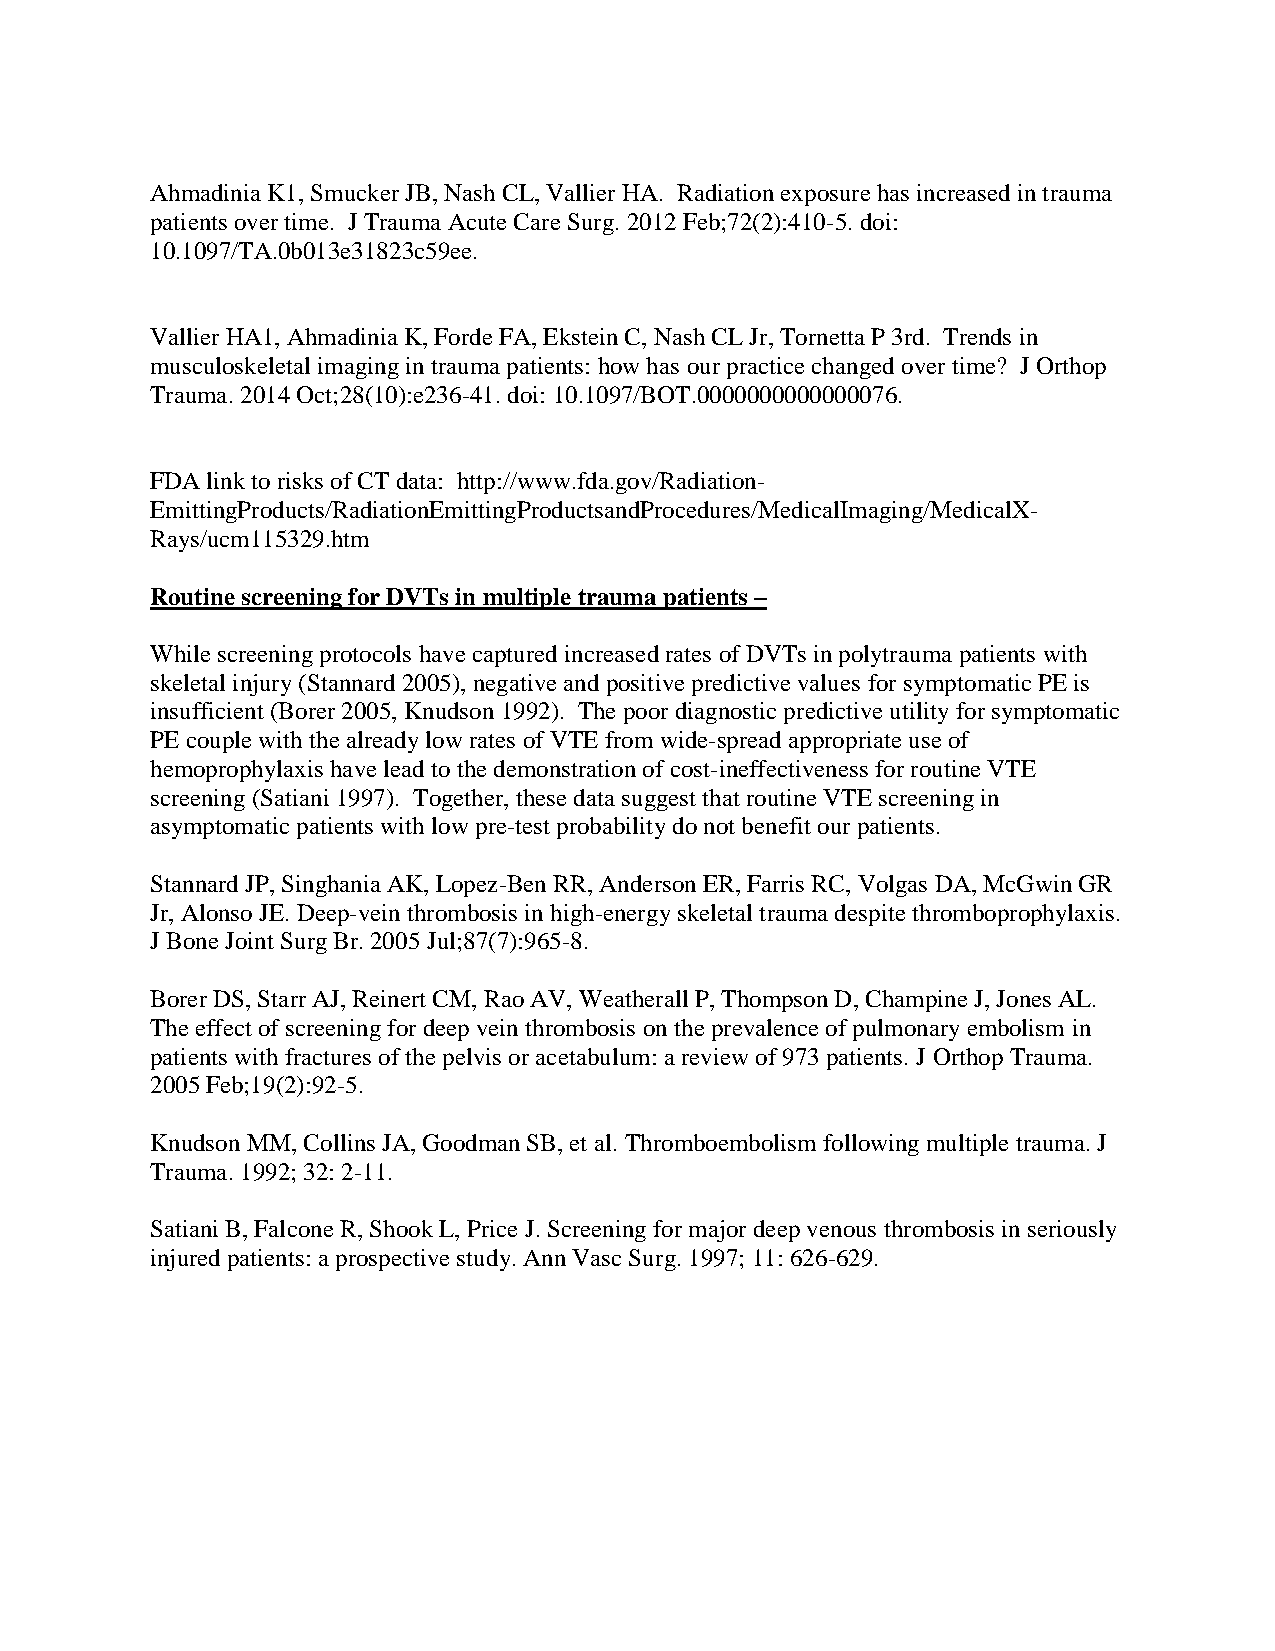
Ahmadinia K1, Smucker JB, Nash CL, Vallier HA. Radiation exposure has increased in trauma
 patients over time. J Trauma Acute Care Surg. 2012 Feb;72(2):410-5. doi:
 10.1097/TA.0b013e31823c59ee.
 Vallier HA1, Ahmadinia K, Forde FA, Ekstein C, Nash CL Jr, Tornetta P 3rd. Trends in
 musculoskeletal imaging in trauma patients: how has our practice changed over time? J Orthop
 Trauma. 2014 Oct;28(10):e236-41. doi: 10.1097/BOT.0000000000000076.
 FDA link to risks of CT data: http://www.fda.gov/Radiation-
 EmittingProducts/RadiationEmittingProductsandProcedures/MedicalImaging/MedicalX-
 Rays/ucm115329.htm
 Routine screening for DVTs in multiple trauma patients –
 While screening protocols have captured increased rates of DVTs in polytrauma patients with
 skeletal injury (Stannard 2005), negative and positive predictive values for symptomatic PE is
 insufficient (Borer 2005, Knudson 1992). The poor diagnostic predictive utility for symptomatic
 PE couple with the already low rates of VTE from wide-spread appropriate use of
 hemoprophylaxis have lead to the demonstration of cost-ineffectiveness for routine VTE
 screening (Satiani 1997). Together, these data suggest that routine VTE screening in
 asymptomatic patients with low pre-test probability do not benefit our patients.
 Stannard JP, Singhania AK, Lopez-Ben RR, Anderson ER, Farris RC, Volgas DA, McGwin GR
 Jr, Alonso JE. Deep-vein thrombosis in high-energy skeletal trauma despite thromboprophylaxis.
 J Bone Joint Surg Br. 2005 Jul;87(7):965-8.
 Borer DS, Starr AJ, Reinert CM, Rao AV, Weatherall P, Thompson D, Champine J, Jones AL.
 The effect of screening for deep vein thrombosis on the prevalence of pulmonary embolism in
 patients with fractures of the pelvis or acetabulum: a review of 973 patients. J Orthop Trauma.
 2005 Feb;19(2):92-5.
 Knudson MM, Collins JA, Goodman SB, et al. Thromboembolism following multiple trauma. J
 Trauma. 1992; 32: 2-11.
 Satiani B, Falcone R, Shook L, Price J. Screening for major deep venous thrombosis in seriously
 injured patients: a prospective study. Ann Vasc Surg. 1997; 11: 626-629.